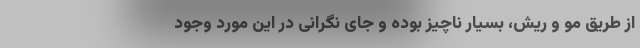
از طریق مو و ریش، بسیار ناچیز بوده و جای نگرانی در این مورد وجود